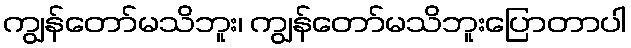
ကျွန်တော်မသိဘူး၊ ကျွန်တော်မသိဘူးပြောတာပါ